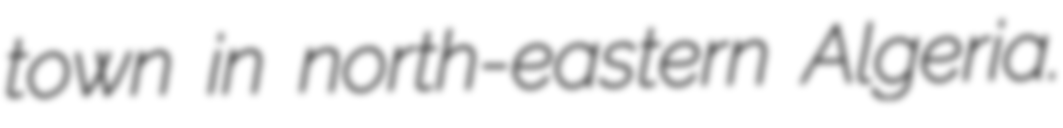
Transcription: town in north-eastern Algeria.